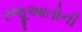
રજૂઆતોની